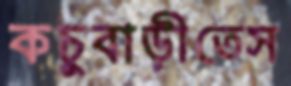
কচুবাড়ীতেস